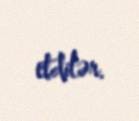
etdilər.